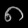
Digit: ၈